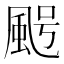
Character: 𩖸